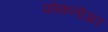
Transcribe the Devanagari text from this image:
फोकलोअर